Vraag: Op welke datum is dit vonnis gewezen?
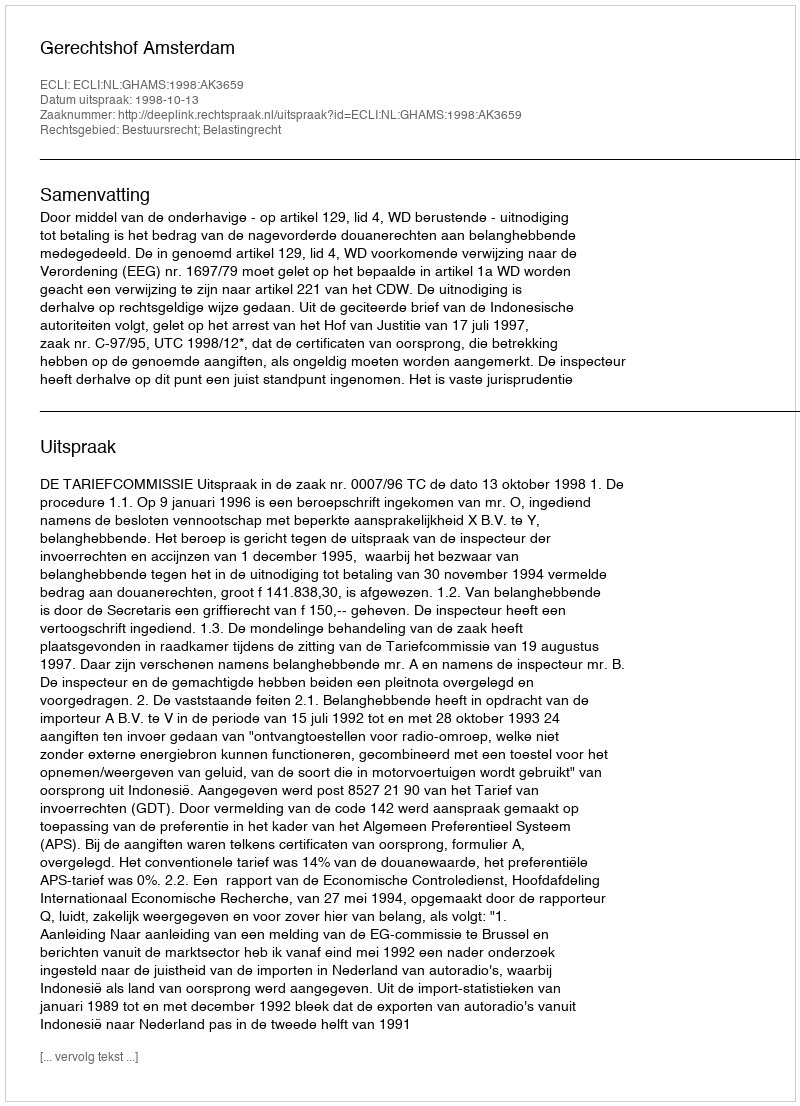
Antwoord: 1998-10-13